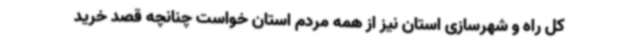
کل راه و شهرسازی استان نیز از همه مردم استان خواست چنانچه قصد خرید